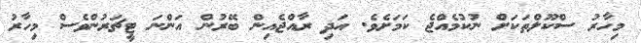
މިހާރު ސްކޫލްތަކަށް ނުކުމެއްޖެ ކަމަށެވެ. އަދި ރާއްޖެއިން ބޭރުން އަންނަ ޓީޗަރުންވެސް މިހާރު